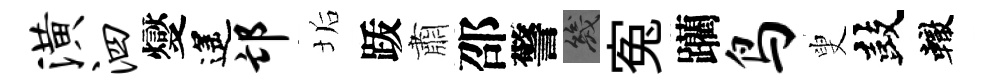
潢泗燮遙邙垢䟦肅邵警幾寃躪鸟叟鼓轍